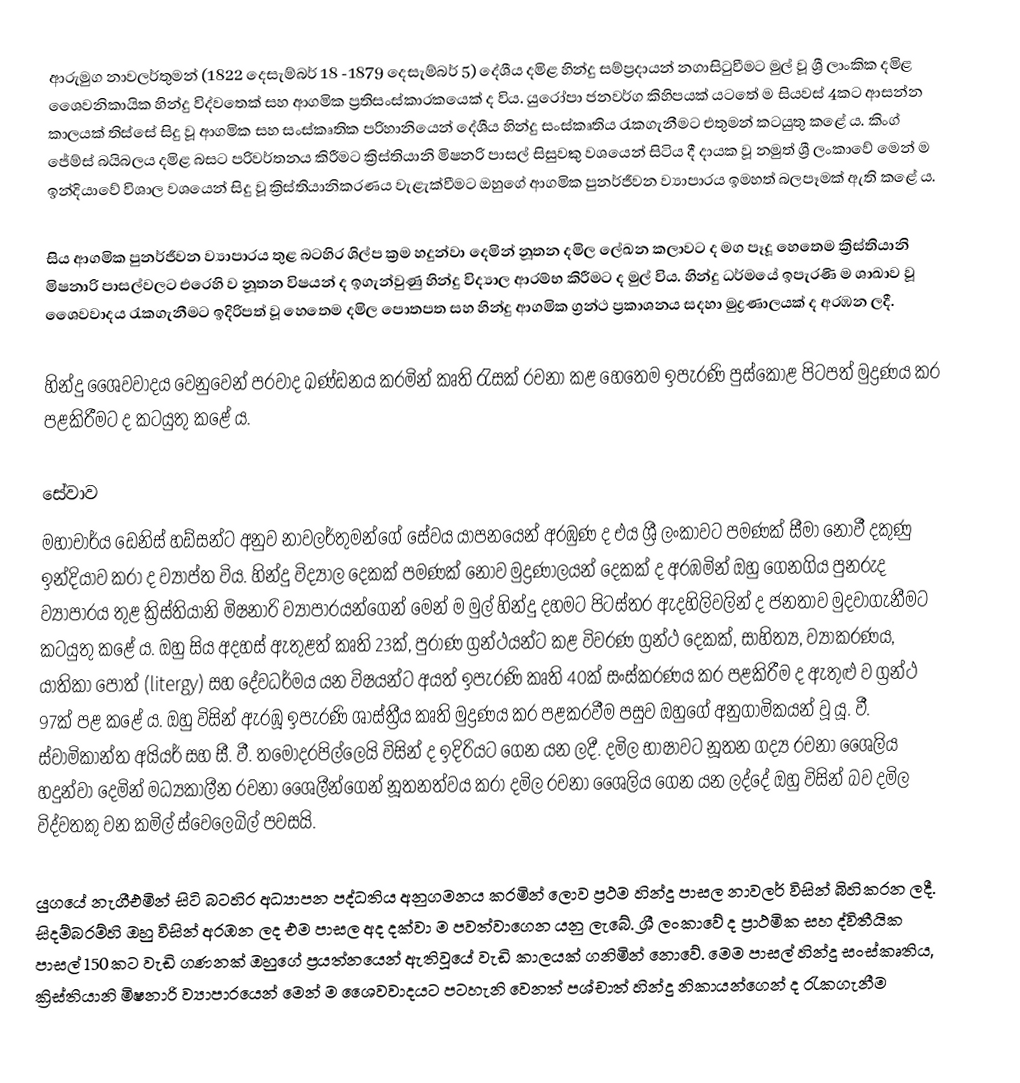
ආරුමුග නාවලර්තුමන් (1822 දෙසැම්බර් 18 -1879 දෙසැම්බර් 5) දේශීය දමිළ හින්දු සම්ප්‍රදායන් නගාසිටුවීමට මුල් වූ ශ්‍රී ලාංකික දමිළ ශෛවනිකායික හින්දු විද්වතෙක් සහ ආගමික ප්‍රතිසංස්කාරකයෙක් ද විය. යුරෝපා ජනවර්ග කිහිපයක් යටතේ ම සියවස් 4කට ආසන්න කාලයක් තිස්සේ සිදු වූ ආගමික සහ සංස්කෘතික පරිහානියෙන් දේශීය හින්දු සංස්කෘතිය රැකගැනීමට එතුමන් කටයුතු කළේ ය. කිංග් ජේම්ස් බයිබලය දමිළ බසට පරිවර්තනය කිරීමට ක්‍රිස්තියානි මිෂනරි පාසල් සිසුවකු වශයෙන් සිටිය දී දායක වූ නමුත් ශ්‍රී ලංකාවේ මෙන් ම ඉන්දියාවේ විශාල වශයෙන් සිදු වූ ක්‍රිස්තියානිකරණය වැළැක්වීමට ඔහුගේ ආගමික පුනර්ජීවන ව්‍යාපාරය ඉමහත් බලපෑමක් ඇති කළේ ය.

සිය ආගමික පුනර්ජීවන ව්‍යාපාරය තුළ බටහිර ශිල්ප ක්‍රම හදුන්වා දෙමින් නූතන දමිල ලේඛන කලාවට ද මග පෑදූ හෙතෙම ක්‍රිස්තියානි මිෂනාරි පාසල්වලට එරෙහි ව නූතන විෂයන් ද ඉගැන්වුණු හින්දු විද්‍යාල  ආරම්භ කිරීමට ද මුල් විය.  හින්දු ධර්මයේ ඉපැරණි ම ශාඛාව වූ ශෛවවාදය රැකගැනීමට ඉදිරිපත් වූ හෙතෙම දමිල පොතපත සහ හින්දු ආගමික ග්‍රන්ථ ප්‍රකාශනය සදහා මුද්‍රණාලයක් ද අරඹන ලදී.

හින්දු ශෛවවාදය වෙනුවෙන් පරවාද ඛණ්ඩනය කරමින් කෘති රැසක් රචනා කළ හෙතෙම ඉපැරණි පුස්කොළ පිටපත් මුද්‍රණය කර පළකිරීමට ද කටයුතු කළේ ය.

සේවාව
මහාචාර්ය ඩෙනිස් හඩ්සන්ට අනුව නාවලර්තුමන්ගේ සේවය යාපනයෙන් අරඹුණ ද එය ශ්‍රී ලංකාවට පමණක් සීමා නොවී දකුණු ඉන්දියාව කරා ද ව්‍යාප්ත විය. හින්දු විද්‍යාල දෙකක් පමණක් නොව මුද්‍රණාලයන් දෙකක් ද අරඹමින් ඔහු ගෙනගිය පුනරුද ව්‍යාපාරය තුළ ක්‍රිස්තියානි මිෂනාරි ව්‍යාපාරයන්ගෙන් මෙන් ම මුල් හින්දු දහමට පිටස්තර ඇදහිලිවලින් ද ජනතාව මුදවාගැනීමට කටයුතු කළේ ය. ඔහු සිය අදහස් ඇතුළත් කෘති 23ක්, පුරාණ ග්‍රන්ථයන්ට කළ විවරණ ග්‍රන්ථ දෙකක්, සාහිත්‍ය, ව්‍යාකරණය, යාතිකා පොත් (litergy) සහ දේවධර්මය යන විෂයන්ට අයත් ඉපැරණි කෘති 40ක් සංස්කරණය කර පළකිරීම ද ඇතුළු ව ග්‍රන්ථ 97ක් පළ කළේ ය. ඔහු විසින් ඇරඹූ ඉපැරණි ශාස්ත්‍රීය කෘති මුද්‍රණය කර පළකරවීම පසුව ඔහුගේ අනුගාමිකයන් වූ යූ. වී. ස්වාමිකාන්ත අයියර් සහ සී. වී. තමෝදරපිල්ලෙයි විසින් ද ඉදිරියට ගෙන යන ලදී. දමිල භාෂාවට නූතන ගද්‍ය රචනා ශෛලිය හදුන්වා දෙමින් මධ්‍යකාලීන රචනා ශෛලීන්ගෙන් නූතනත්වය කරා දමිල රචනා ශෛලිය ගෙන යන ලද්දේ ඔහු විසින් බව දමිල විද්වතකු වන කමිල් ස්වෙලෙබිල් පවසයි.

යුගයේ නැගීඑමින් සිටි බටහිර අධ්‍යාපන පද්ධතිය අනුගමනය කරමින් ලොව ප්‍රථම හින්දු පාසල නාවලර් විසින් බිහිකරන ලදී. සිදම්බරම්හි ඔහු විසින් අරඹන ලද එම පාසල අද දක්වා ම පවත්වාගෙන යනු ලැබේ. ශ්‍රී ලංකාවේ ද ප්‍රාථමික සහ ද්විතීයික පාසල් 150කට වැඩි ගණනක් ඔහුගේ ප්‍රයත්නයෙන් ඇතිවූයේ වැඩි කාලයක් ගනිමින් නොවේ. මෙම පාසල් හින්දු සංස්කෘතිය, ක්‍රිස්තියානි මිෂනාරි ව්‍යාපාරයෙන් මෙන් ම ශෛවවාදයට පටහැනි වෙනත් පශ්චාත් හින්දු නිකායන්ගෙන් ද රැකගැනීම